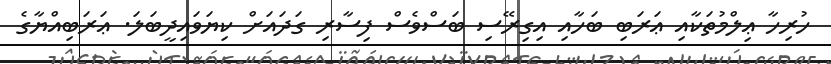
ހުރިހާ ޢިލްމުތަކާއި ޢަރަބި ބަހާއި އިގިރޭސި ބަސްވެސް ފިސާރި ގަދައަށް ކިޔަވައިދީބަލަ. ޢަރަބިއްޔާގެ